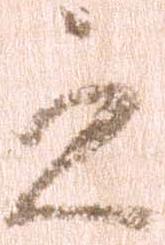
之